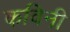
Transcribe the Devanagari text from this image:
कविनी